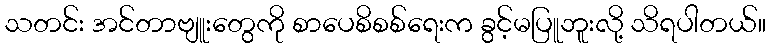
သတင်း အင်တာဗျူးတွေကို စာပေစိစစ်ရေးက ခွင့်မပြူဘူးလို့ သိရပါတယ်။